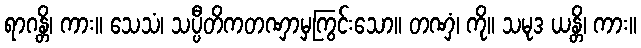
ရာဂန္တိ၊ ကား။ သေသံ၊ သပ္ပီတိကတဏှာမှကြွင်းသော။ တဏှံ၊ ကို။ သမုဒ ယန္တိ၊ ကား။